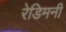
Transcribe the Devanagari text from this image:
रेडिमनी